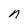
Character: n